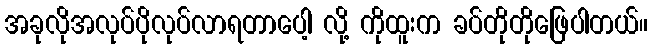
အခုလိုအလုပ်ပိုလုပ်လာရတာပေါ့ လို့ ကိုထူးက ခပ်တိုတိုဖြေပါတယ်။